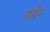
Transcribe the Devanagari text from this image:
उर्बन